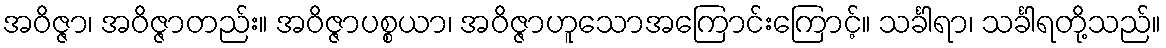
အဝိဇ္ဇာ၊ အဝိဇ္ဇာတည်း။ အဝိဇ္ဇာပစ္စယာ၊ အဝိဇ္ဇာဟူသောအကြောင်းကြောင့်။ သင်္ခါရာ၊ သင်္ခါရတို့သည်။